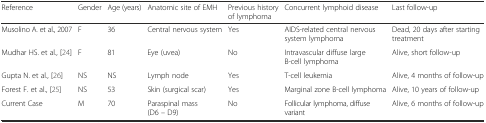
<table><thead><tr><td><b>Reference</b></td><td><b>Gender</b></td><td><b>Age (years)</b></td><td><b>Anatomic site of EMH</b></td><td><b>Previous history of lymphoma</b></td><td><b>Concurrent lymphoid disease</b></td><td><b>Last follow-up</b></td></tr></thead><tbody><tr><td>Musolino A. et al., 2007</td><td>F</td><td>36</td><td>Central nervous system</td><td>Yes</td><td>AIDS-related central nervous system lymphoma</td><td>Dead, 20 days after starting treatment</td></tr><tr><td>Mudhar HS. et al., [24]</td><td>F</td><td>81</td><td>Eye (uvea)</td><td>No</td><td>Intravascular diffuse large B-cell lymphoma</td><td>Alive, short follow-up</td></tr><tr><td>Gupta N. et al., [26]</td><td>NS</td><td>NS</td><td>Lymph node</td><td>Yes</td><td>T-cell leukemia</td><td>Alive, 4 months of follow-up</td></tr><tr><td>Forest F. et al., [25]</td><td>NS</td><td>53</td><td>Skin (surgical scar)</td><td>Yes</td><td>Marginal zone B-cell lymphoma</td><td>Alive, 10 years of follow-up</td></tr><tr><td>Current Case</td><td>M</td><td>70</td><td>Paraspinal mass (D6 – D9)</td><td>No</td><td>Follicular lymphoma, diffuse variant</td><td>Alive, 6 months of follow-up</td></tr></tbody></table>